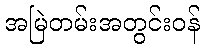
အမြဲတမ်းအတွင်းဝန်